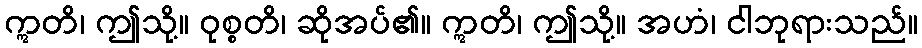
ဣတိ၊ ဤသို့။ ဝုစ္စတိ၊ ဆိုအပ်၏။ ဣတိ၊ ဤသို့။ အဟံ၊ ငါဘုရားသည်။